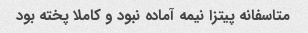
متاسفانه پیتزا نیمه آماده نبود و کاملا پخته بود